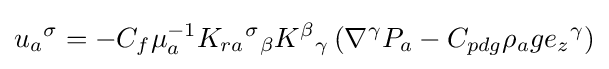
u{_{a}}^{\sigma }=-C_{f}\mu _{a}^{-1}K_{ra}{^{\sigma }}_{\beta }K{^{\beta }}_{\gamma }\left(\nabla ^{\gamma }P_{a}-C_{pdg}\rho _{a}g{e_{z}}{^{\gamma }}\right)